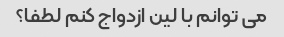
می توانم با لین ازدواج کنم لطفا؟